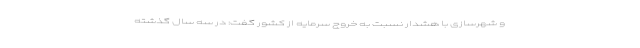
و شهرسازی با هشدار نسبت به خروج سرمایه از کشور گفت: در سه سال گذشته